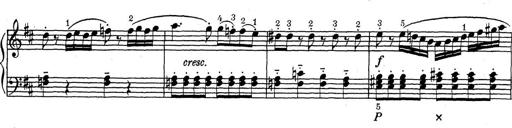
Title: ÄŒeskÃ© Sonatiny
Composer: Various